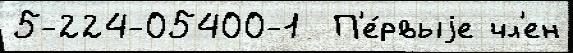
5-224-05400-1  П'е́рвыjе чл'ен